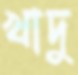
খাদু